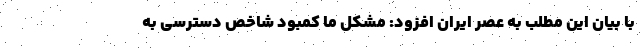
با بیان این مطلب به عصر ایران افزود: مشکل ما کمبود شاخص دسترسی به